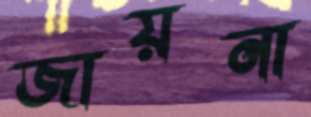
জায়না